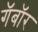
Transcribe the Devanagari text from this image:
गॅबॉर